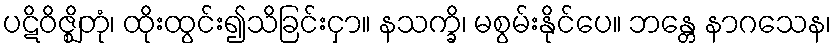
ပဋိဝိဇ္ဈိတုံ၊ ထိုးထွင်း၍သိခြင်းငှာ။ နသက္ခိ၊ မစွမ်းနိုင်ပေ။ ဘန္တေ နာဂသေန၊